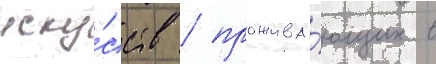
иску́сств / прожива́ющих в